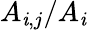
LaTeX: A_{\mathit{i},j}/A_{\mathit{i}}